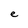
Character: e